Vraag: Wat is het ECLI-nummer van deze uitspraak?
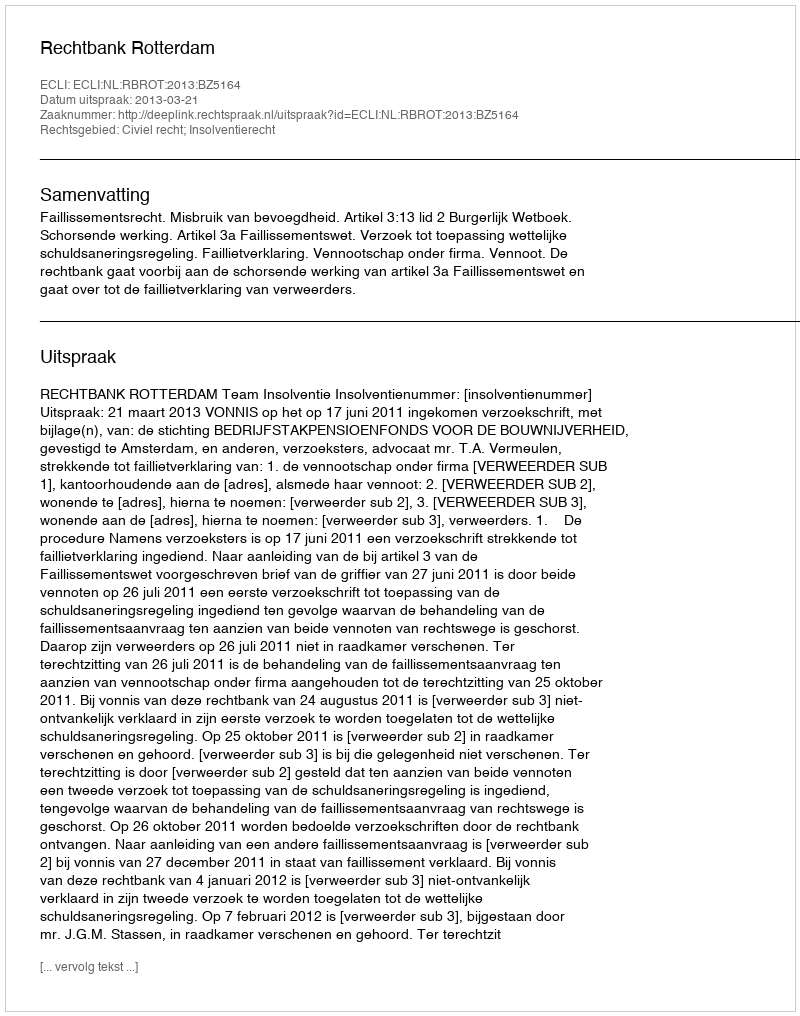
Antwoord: ECLI:NL:RBROT:2013:BZ5164